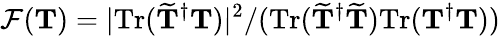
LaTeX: \mathcal{F}(\mathbf{T})=|\textnormal{Tr}(\widetilde{\mathbf{T}}^{\dagger}{\mathbf{T}})|^{2}/(\textnormal{Tr}(\widetilde{\mathbf{T}}^{\dagger}\widetilde{\mathbf{T}})\textnormal{Tr}(\mathbf{T}^{\dagger}{\mathbf{T}}))